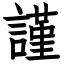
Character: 謹